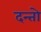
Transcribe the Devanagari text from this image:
दन्तो